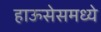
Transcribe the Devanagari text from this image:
हाऊसेसमध्ये